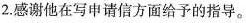
2.感谢他在写申请信方面给予的指导。